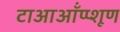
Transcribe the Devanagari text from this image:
टाआऑंप्प्शूण